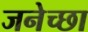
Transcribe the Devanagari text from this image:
जनेच्छा